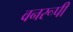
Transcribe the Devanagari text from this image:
वनरूपी